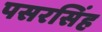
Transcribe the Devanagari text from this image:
पसरसिंह